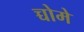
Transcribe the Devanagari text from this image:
च्चोमे